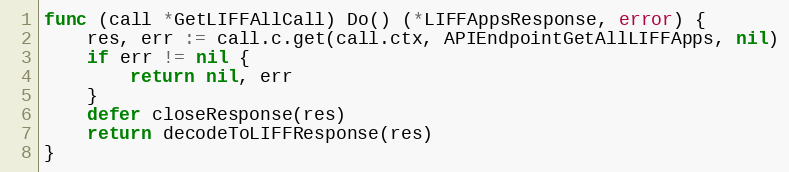
Language: Go
func (call *GetLIFFAllCall) Do() (*LIFFAppsResponse, error) {
	res, err := call.c.get(call.ctx, APIEndpointGetAllLIFFApps, nil)
	if err != nil {
		return nil, err
	}
	defer closeResponse(res)
	return decodeToLIFFResponse(res)
}